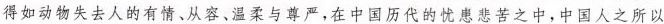
得如动物失去人的有情、从容、温柔与尊严，在中国历代的忧患悲苦之中，中国人之所以